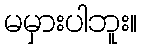
မမှားပါဘူး။